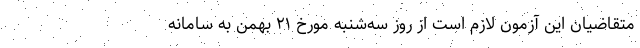
متقاضیان این آزمون لازم است از روز سه‌شنبه مورخ ۲۱ بهمن به سامانه